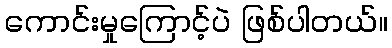
ကောင်းမှုကြောင့်ပဲ ဖြစ်ပါတယ်။